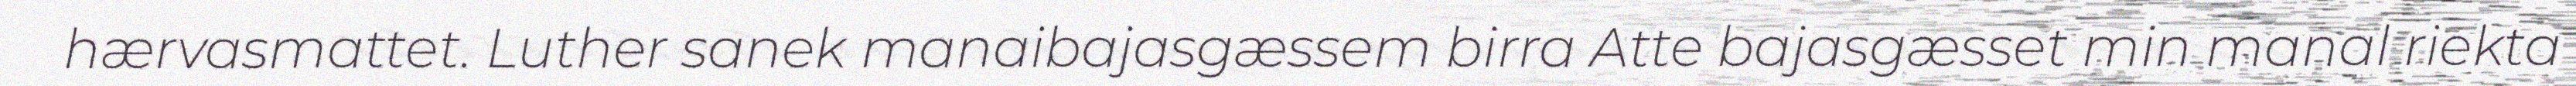
hærvasmattet. Luther sanek manaibajasgæssem birra Atte bajasgæsset min manal riekta